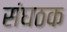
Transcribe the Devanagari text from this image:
संघठक